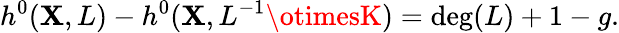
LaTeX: h^{0}(\mathbf{X},L)-h^{0}(\mathbf{X},L^{-1}\otimesK)=\deg(L)+1-g.